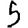
Digit: 5